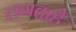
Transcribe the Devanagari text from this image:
लगताहै